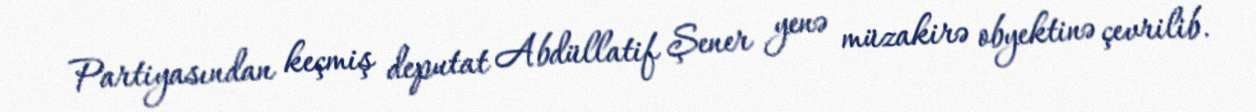
Partiyasından keçmiş deputat Abdüllatif Şener yenə müzakirə obyektinə çevrilib.